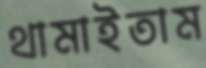
থামাইতাম